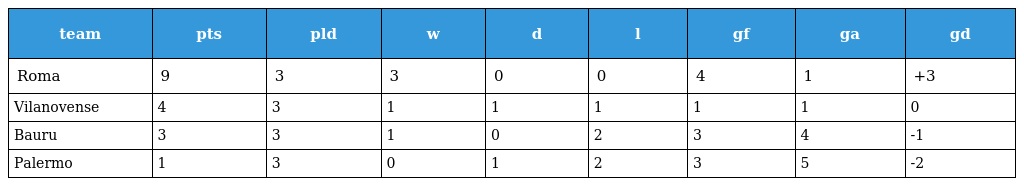
| team | pts | pld | w | d | l | gf | ga | gd |
 | --- | --- | --- | --- | --- | --- | --- | --- | --- |
 | Roma | 9 | 3 | 3 | 0 | 0 | 4 | 1 | +3 |
 | Vilanovense | 4 | 3 | 1 | 1 | 1 | 1 | 1 | 0 |
 | Bauru | 3 | 3 | 1 | 0 | 2 | 3 | 4 | -1 |
 | Palermo | 1 | 3 | 0 | 1 | 2 | 3 | 5 | -2 |